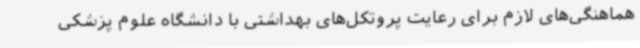
هماهنگی‌های لازم برای رعایت پروتکل‌های بهداشتی با دانشگاه علوم پزشکی